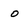
Character: 0